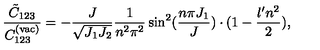
\frac { \tilde { C } _ { 1 2 3 } } { C _ { 1 2 3 } ^ { ( \mathrm { v a c ) } } } = - \frac { J } { \sqrt { J _ { 1 } J _ { 2 } } } \frac { 1 } { n ^ { 2 } \pi ^ { 2 } } \sin ^ { 2 } ( \frac { n \pi J _ { 1 } } { J } ) \cdot ( 1 - \frac { \l ^ { \prime } n ^ { 2 } } { 2 } ) ,